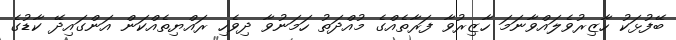
ބޭފުޅަކު ހާޒިރުވެލައްވާނަމަ ހާޒިރުވާ ފަރާތެއްގެ މުއްދަތު ހަމަނުވާ ދިވެހި ރައްޔިތެއްކަން އަންގައިދޭ ކާޑުގެ